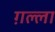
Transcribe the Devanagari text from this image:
ग़ल्ला